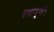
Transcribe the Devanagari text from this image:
वर्षापूवीर्